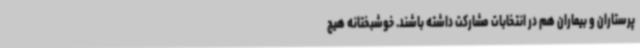
پرستاران و بیماران هم در انتخابات مشارکت داشته باشند. خوشبختانه هیچ